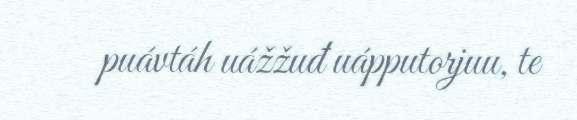
puávtáh uážžuđ uápputorjuu, te